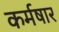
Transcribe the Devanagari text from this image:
कर्मषार